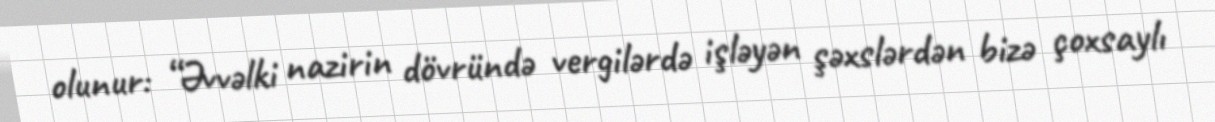
olunur: “Əvvəlki nazirin dövründə vergilərdə işləyən şəxslərdən bizə çoxsaylı